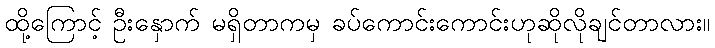
ထို့ကြောင့် ဦးနှောက် မရှိတာကမှ ခပ်ကောင်းကောင်းဟုဆိုလိုချင်တာလား။